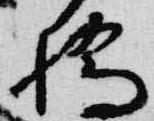
橋